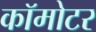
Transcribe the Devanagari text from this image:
कॉमोटर